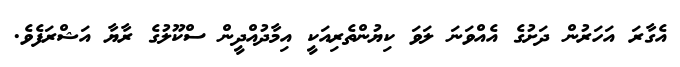
އެގާރަ އަހަރުން ދަށުގެ އެއްވަނަ ލަވަ ކިޔުންތެރިއަކީ އިމާދުއްދީން ސްކޫލުގެ ރާޔާ އަޝްރަފެވެ.